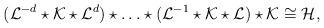
LaTeX: \begin{align*}({\cal L}^{-d} \star {\cal K} \star {\cal L}^d)\star \ldots \star({\cal L}^{-1} \star \cal{K} \star \cal{L})\star \cal{K} \cong {\cal H},\end{align*}